Sketch of the medical history of the native army of Bombay, for the year
Year: 1872
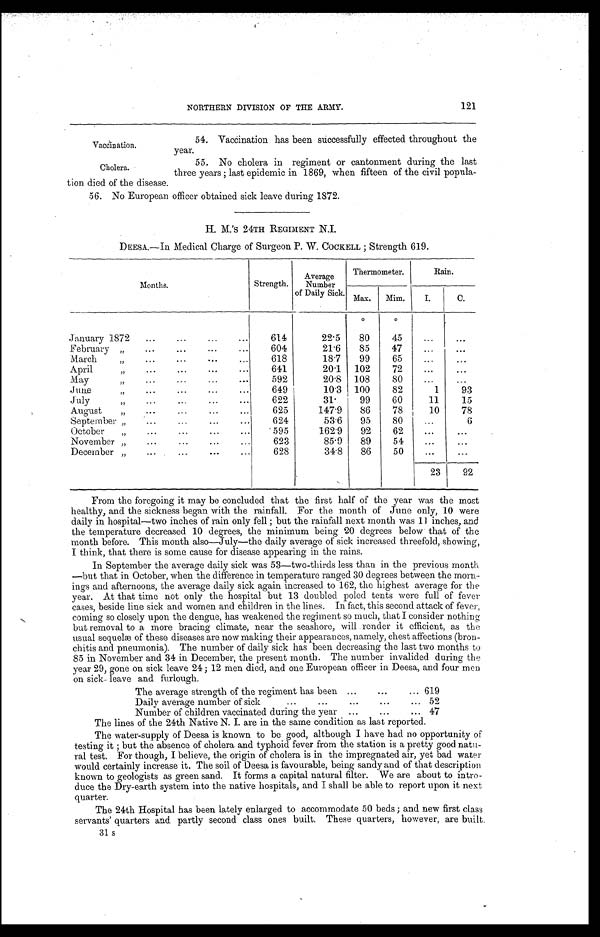
Vaccination.
Cholera.
121
NORTHERN DIVISION OF THE ARMY.
54. Vaccination has been successfully effected throughout the
year.
55. No cholera in regiment or cantonment during the last
three years ; last epidemic in 1869, when fifteen of the civil popula
-tion died of the disease.
56. No European officer obtained sick leave during 1872.
H. M.'S 24TH REGIMENT N.I.
DEESA.—In Medical Charge of Surgeon P. W. COCKELL ; Strength 619.
Months.
Strength.
Average
Number
of Daily Sick.
Thermometer.
Rain.
Max.
Mim.
I.
C.
January 1872 . . .
614
22.5
º
80
º
45
. . .
. . .
February " . . .
604
21.6
85
47
. . .
. . .
March " . . .
618
18.7
99
65
. . .
. . .
April " . . .
641
20.1
102
72
. . .
. . .
May " . . .
592
20.8
108
80
. . .
. . .
J u n e " . . .
649
10.3
100
82
1
93
July " . . .
622
31.
99
60
11
15
August " . . .
625
147.9
86
78
10
78
September " . . .
624
53.6
95
80
. . .
6
October " . . .
595
162.9
92
62
. . .
. . .
November " . . .
623
85.9
89
54
. . .
. . .
December " . . .
628
34.8
86
50
. . .
. . .
23
92
From the foregoing it may be concluded that the first half of the year was the most
healthy, and the sickness began with the rainfall. For the month of June only, 10 were
daily in hospital—two inches of rain only fell ; but the rainfall next month was 11 inches, and
the temperature decreased 10 degrees, the minimum being 20 degrees below that of the
month before. This month also—July—the daily average of sick increased threefold, showing,
I think, that there is some cause for disease appearing in the rains.
In September the average daily sick was 53—two-thirds less than in the previous month
—but that in October, when the difference in temperature ranged 30 degrees between the morn
- i n g s a n d a f t e r n o o n s , t h e a v e r a g e d a i l y s i c k a g a i n i n c r e a s e d t o 1 6 2 , t h e h i g h e s t a v e r a g e f o r t h e
year. At that time not only the hospital but 13 doubled poled tents were full of fever
cases, beside line sick and women and children in the lines. In fact, this second attack of fever,
coming so closely upon the dengue, has weakened the regiment so much, that I consider nothing
but removal to a more bracing climate, near the seashore, will .render it efficient, as the
usual sequelæ of these diseases are now making their appearances, namely, chest affections (bron-
chitis and pneumonia). The number of daily sick has been decreasing the last two months to
85 in November and 34 in December, the present month. The number invalided during the
year 29, gone on sick leave 24 ; 12 men died, and one European officer in Deesa, and four men
on sick-leave and furlough.
The average strength of the regiment has been . . .
619
Daily average number of sick . . .
52
Number of children vaccinated during the year . . .
47
The lines of the 24th Native N. I. are in the same condition as last reported.
The water-supply of Deesa is known to be good, although I have had no opportunity of
testing it ; but the absence of cholera and typhoid fever from the station is a pretty good natu
- r a l t e s t . F o r t h o u g h , I b e l i e v e , t h e o r i g i n o f c h o l e r a i s i n t h e i m p r e g n a t e d a i r , y e t b a d w a t e r
would certainly increase it. The soil of Deesa is favourable, being sandy and of that description
known to geologists as green sand. It forms a capital natural filter. We are about to intro
- d u c e t h e D r y - e a r t h s y s t e m i n t o t h e n a t i v e h o s p i t a l s , a n d I s h a l l b e a b l e t o r e p o r t u p o n i t n e x t
quarter.
The 24th Hospital has been lately enlarged to accommodate 50 beds ; and new first class
servants' quarters and partly second class ones built. These quarters, however, are built
31s